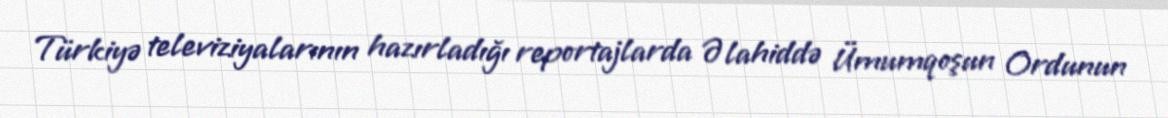
Türkiyə televiziyalarının hazırladığı reportajlarda Əlahiddə Ümumqoşun Ordunun